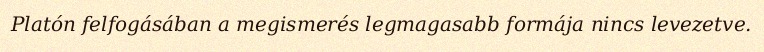
Platón felfogásában a megismerés legmagasabb formája nincs levezetve.